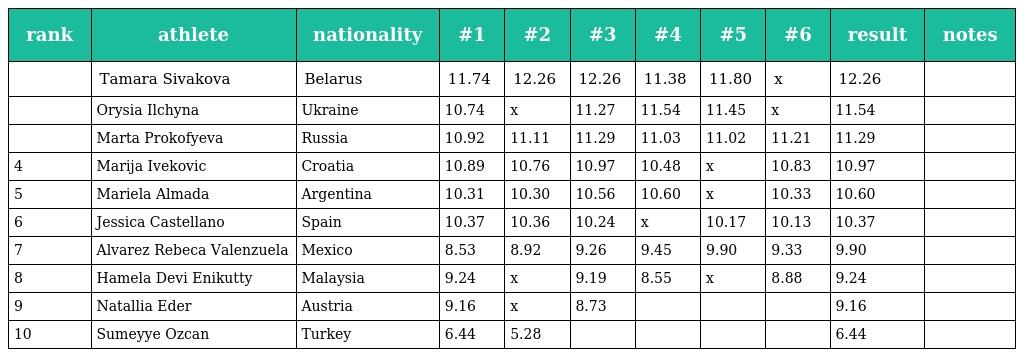
| rank | athlete | nationality | #1 | #2 | #3 | #4 | #5 | #6 | result | notes |
 | --- | --- | --- | --- | --- | --- | --- | --- | --- | --- | --- |
 |  | Tamara Sivakova | Belarus | 11.74 | 12.26 | 12.26 | 11.38 | 11.80 | x | 12.26 |  |
 |  | Orysia Ilchyna | Ukraine | 10.74 | x | 11.27 | 11.54 | 11.45 | x | 11.54 |  |
 |  | Marta Prokofyeva | Russia | 10.92 | 11.11 | 11.29 | 11.03 | 11.02 | 11.21 | 11.29 |  |
 | 4 | Marija Ivekovic | Croatia | 10.89 | 10.76 | 10.97 | 10.48 | x | 10.83 | 10.97 |  |
 | 5 | Mariela Almada | Argentina | 10.31 | 10.30 | 10.56 | 10.60 | x | 10.33 | 10.60 |  |
 | 6 | Jessica Castellano | Spain | 10.37 | 10.36 | 10.24 | x | 10.17 | 10.13 | 10.37 |  |
 | 7 | Alvarez Rebeca Valenzuela | Mexico | 8.53 | 8.92 | 9.26 | 9.45 | 9.90 | 9.33 | 9.90 |  |
 | 8 | Hamela Devi Enikutty | Malaysia | 9.24 | x | 9.19 | 8.55 | x | 8.88 | 9.24 |  |
 | 9 | Natallia Eder | Austria | 9.16 | x | 8.73 |  |  |  | 9.16 |  |
 | 10 | Sumeyye Ozcan | Turkey | 6.44 | 5.28 |  |  |  |  | 6.44 |  |